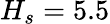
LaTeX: H_{s}=5.5